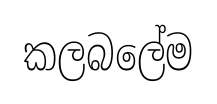
කලබලේම